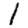
Digit: 1